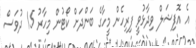
އެ އޮފިޝަލް ވިދާޅުވީ ފިރިހެން މީހާގެ ބަންދަށް ކޯޓުން މިހާރު 15 ދުވަސް